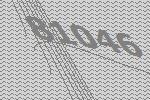
81046